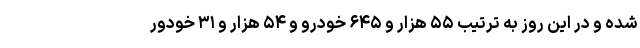
شده و در این روز به ترتیب ۵۵ هزار و ۶۴۵ خودرو و ۵۴ هزار و ۳۱ خودور